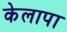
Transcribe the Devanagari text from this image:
केलापा